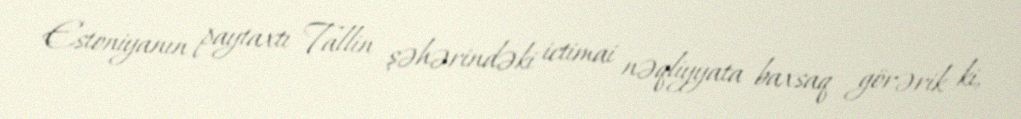
Estoniyanın paytaxtı Tallin şəhərindəki ictimai nəqliyyata baxsaq görərik ki,